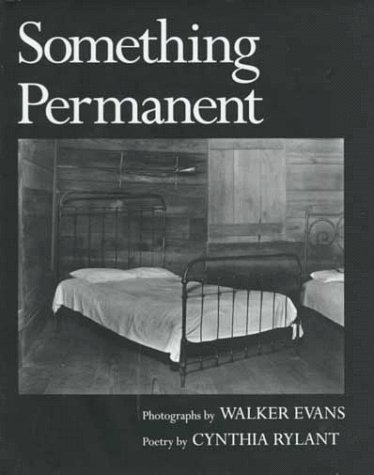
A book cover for Something Permanent; Cynthia Rylant; Teen & Young Adult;